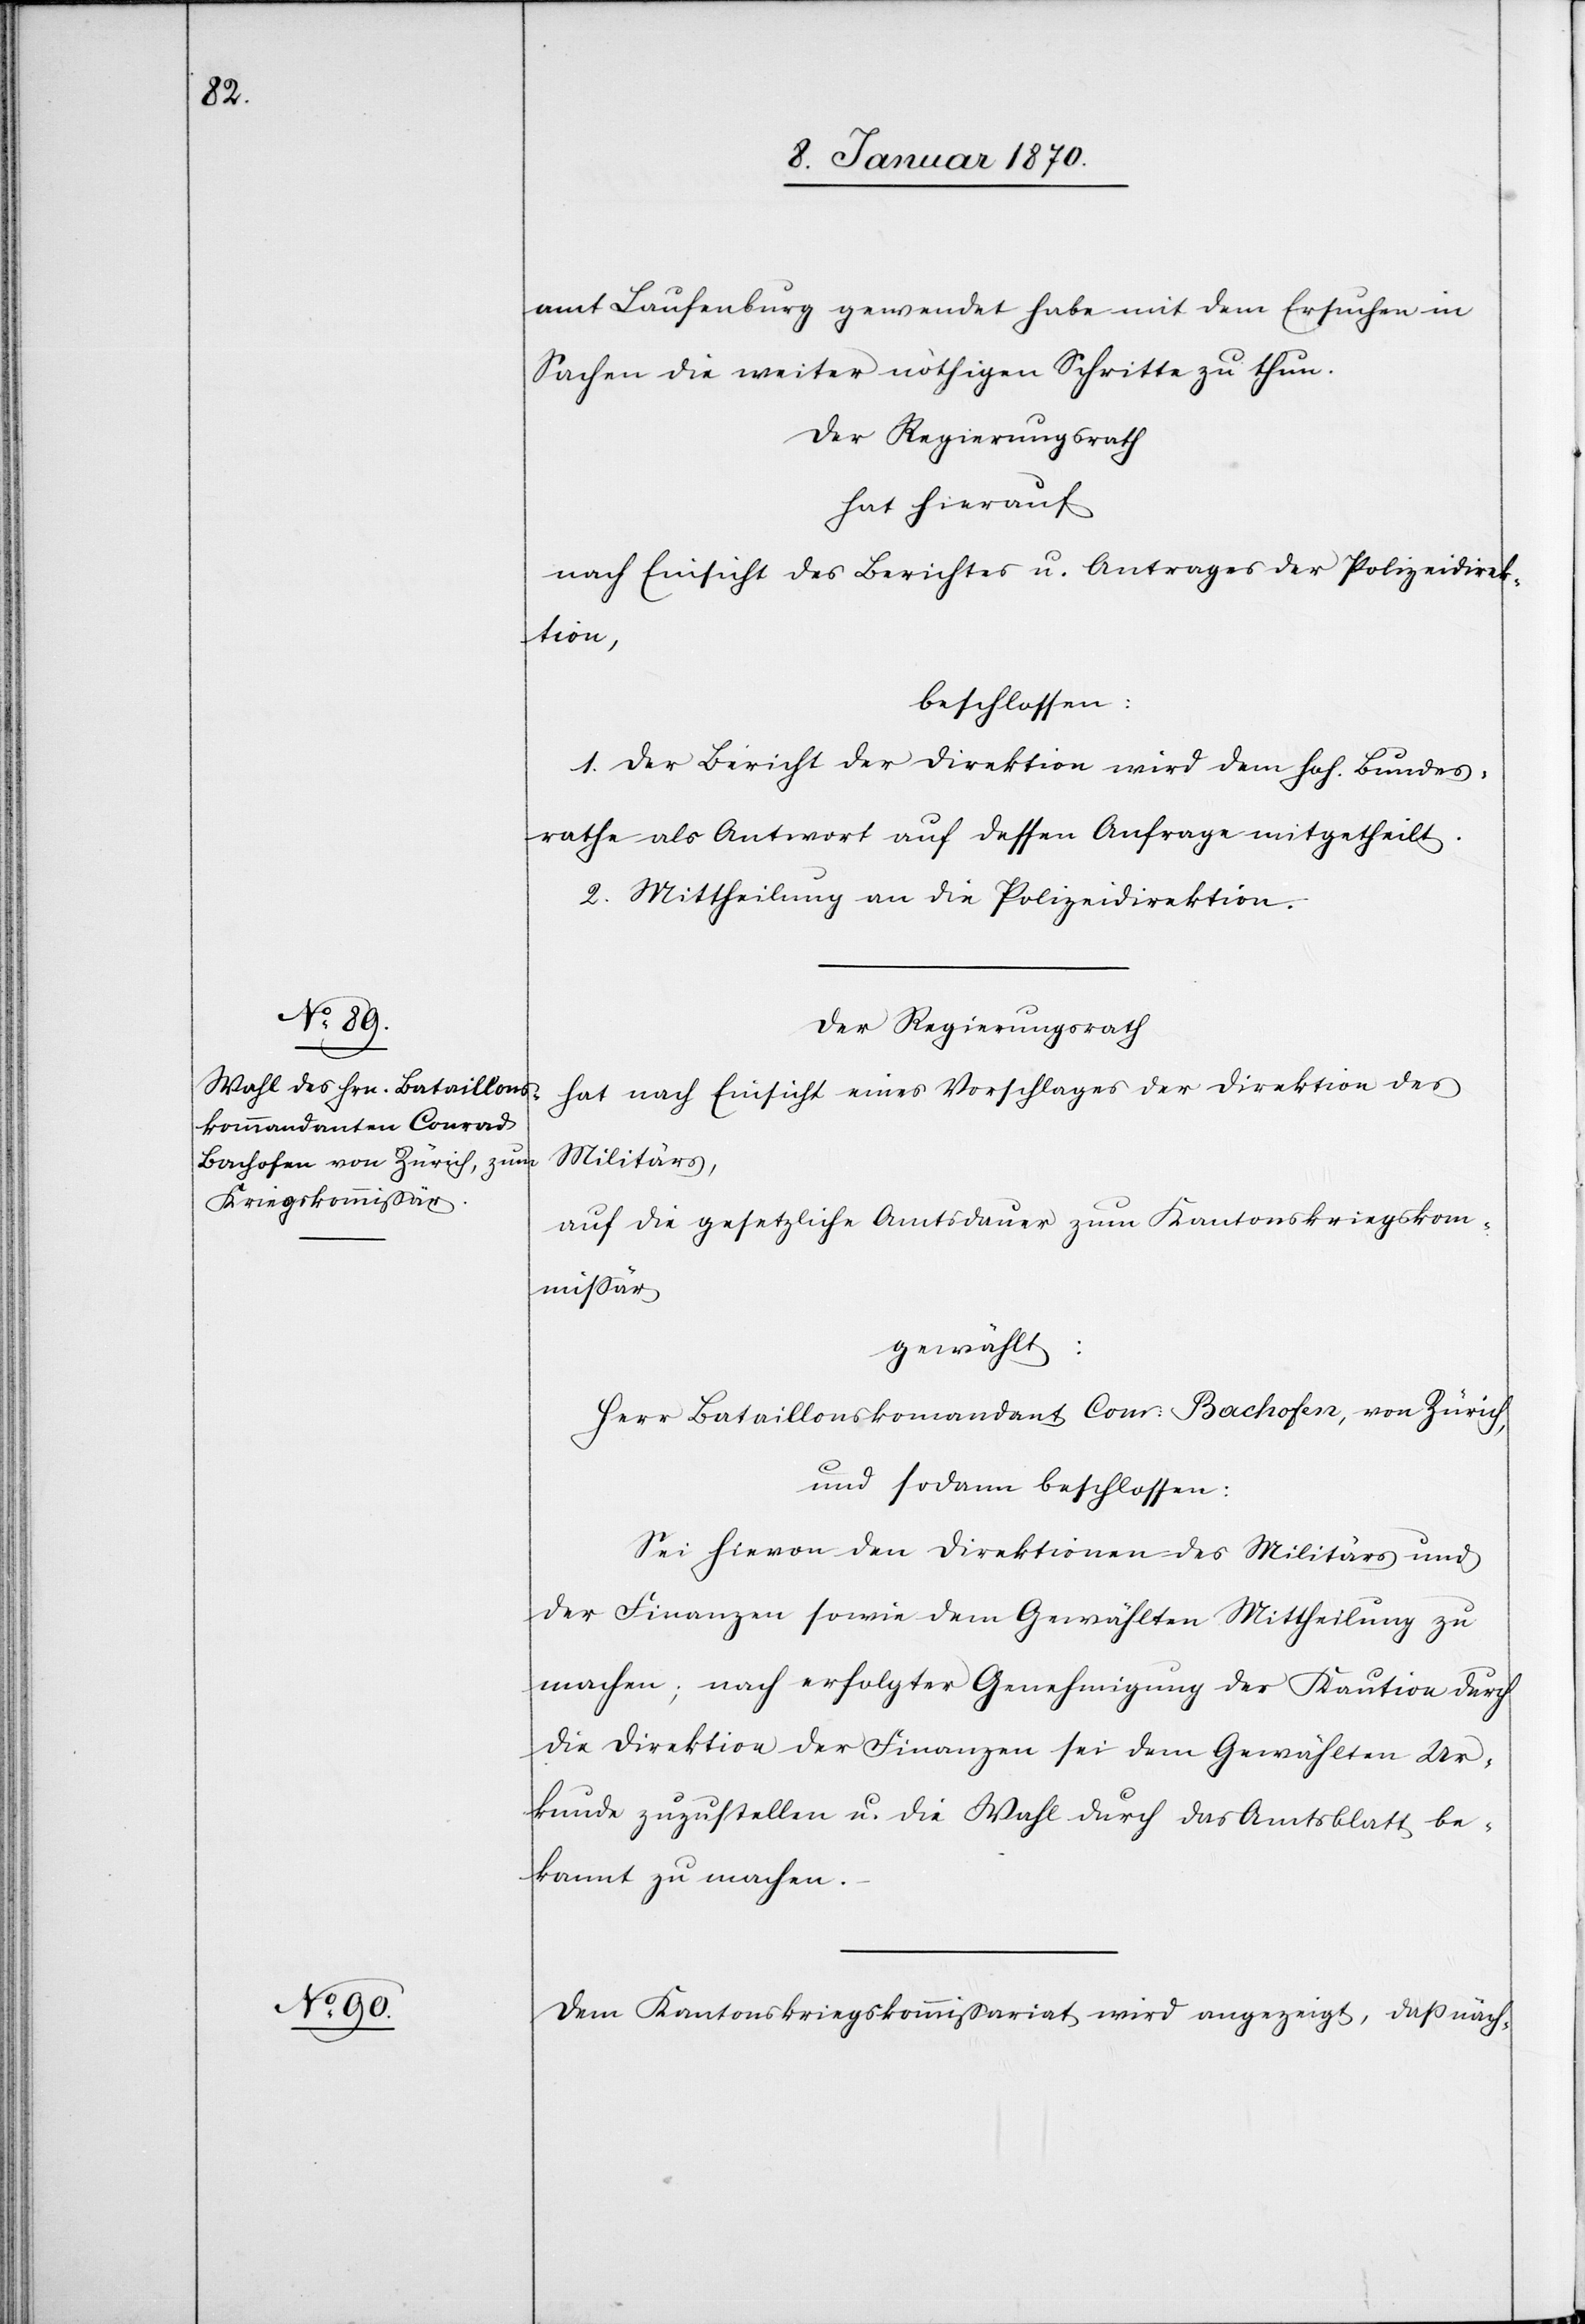
amt Laufenburg gewendet habe mit dem Ersuchen in
Sachen die weiter nöthigen Schritte zu thun.
Der Regierungsrath
hat hierauf
nach Einsicht des Berichtes u. Antrages der Polizeidirek¬
tion,
beschlossen:
1. Der Bericht der Direktion wird dem hoh. Bundes¬
rathe als Antwort auf dessen Anfrage mitgetheilt.
2. Mittheilung an die Polizeidirektion.
Der Regierungsrath
hat nach Einsicht eines Vorschlages der Direktion der
Militärs,
auf die gesetzliche Amtsdauer zum Kantonskriegskom¬
missär
gewählt:
Herr Bataillonskomandant Conr: Bachofen, von Zürich,
und sodann beschlossen:
Sei hievon den Direktionen des Militärs und
der Finanzen sowie dem Gewählten Mittheilung zu
machen; nach erfolgter Genehmigung der Kaution durch
die Direktion der Finanzen sei dem Gewählten Ur¬
kunde zuzustellen u. die Wahl durch das Amtsblatt be¬
kannt zu machen.
Dem Kantonskriegskommissariat wird angezeigt, daß näch-